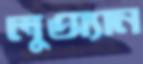
লুঅ্যান